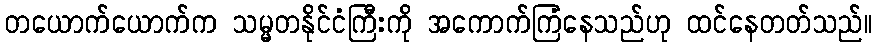
တယောက်ယောက်က သမ္မတနိုင်ငံကြီးကို အကောက်ကြံနေသည်ဟု ထင်နေတတ်သည်။